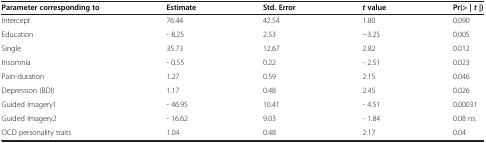
| Parameter corresponding to | Estimate | Std. Error | t value | Pr(> | t |) |
 | --- | --- | --- | --- | --- |
 | Intercept | 76.44 | 42.54 | 1.80 | 0.090 |
 | Education | - 8.25 | 2.53 | −3.25 | 0.005 |
 | Single | 35.73 | 12.67 | 2.82 | 0.012 |
 | Insomnia | - 0.55 | 0.22 | - 2.51 | 0.023 |
 | Pain-duration | 1.27 | 0.59 | 2.15 | 0.046 |
 | Depression (BDI) | 1.17 | 0.48 | 2.45 | 0.026 |
 | Guided Imagery1 | - 46.95 | 10.41 | - 4.51 | 0.00031 |
 | Guided Imagery2 | - 16.62 | 9.03 | - 1.84 | 0.08 ns. |
 | OCD personality traits | 1.04 | 0.48 | 2.17 | 0.04 |